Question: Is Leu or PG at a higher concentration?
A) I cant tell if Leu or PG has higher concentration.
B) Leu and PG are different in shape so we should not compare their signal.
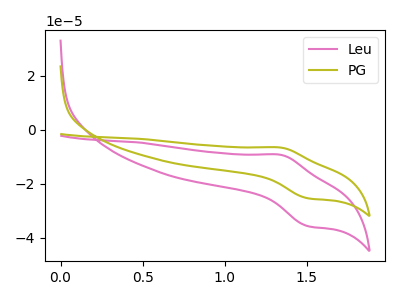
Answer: <think>The pink curve "Leu" has an anodic peak at (1.35V, -9.25uA) and a cathodic peak at (1.50V, -35.65uA). The olive curve "PG" has an anodic peak at (1.35V, -6.60uA) and a cathodic peak at (1.50V, -25.35uA).
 All the peaks in "Leu" have a peak in "PG" at the same potential.</think>
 <answer>A) I cant tell if "Leu" or "PG" has higher concentration.</answer>
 <eval>A</eval>